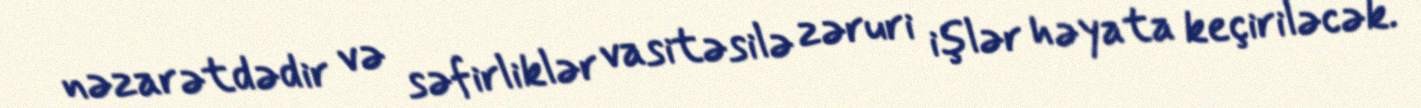
nəzarətdədir və səfirliklər vasitəsilə zəruri işlər həyata keçiriləcək.